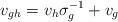
LaTeX: \begin{align*} v_{gh}=v_h\sigma_g^{-1}+v_g\end{align*}